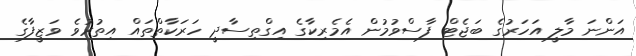
އަންނަ މާލީ އަހަރުގެ ބަޖެޓް ފާސްވުމުން އެމެރިކާގެ އިގްތިސާދީ ހަރަކާތްތައް އިތުރުވެ ވަޒީފާގެ